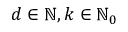
d \in \mathbb { N } , k \in \mathbb { N } _ { 0 }